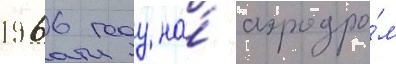
1966 году на́ аэродро́м